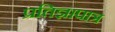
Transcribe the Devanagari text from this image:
प्रतिज्ञापात्र